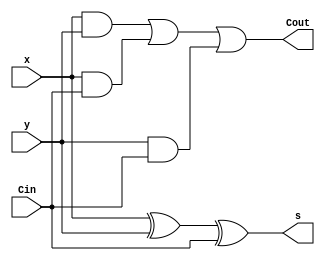
`timescale 1ns / 1ps
//////////////////////////////////////////////////////////////////////////////////
// Company: 
// Engineer: 
// 
// Design Name: 
// Module Name: fulladder
// Project Name: 
// Target Devices: 
// Tool Versions: 
// Description: 
// 
// Dependencies: 
// 
// Revision:
// Revision 0.01 - File Created
// Additional Comments:
// 
//////////////////////////////////////////////////////////////////////////////////


module fulladder(x, y, Cin, Cout, s);

    input       x;
    input       y;
    input       Cin;
    output      Cout;
    output      s;

    assign s = x ^ y ^ Cin;
    assign Cout = (x & y) | (x & Cin) | (y & Cin);

endmodule